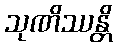
သုဏိဿန္တိ